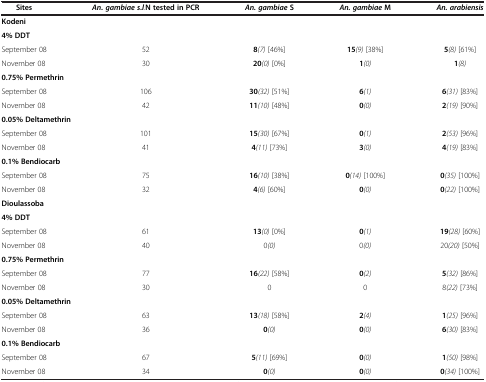
<table><thead><tr><td><b>Sites</b></td><td><b><i>An. gambiae s.l</i>.N tested in PCR</b></td><td><b><i>An. gambiae</i>S</b></td><td><b><i>An. gambiae</i>M</b></td><td><b><i>An. arabiensis</i></b></td></tr></thead><tbody><tr><td><b>Kodeni</b></td><td> </td><td> </td><td> </td><td> </td></tr><tr><td><b>4% DDT</b></td><td> </td><td> </td><td> </td><td> </td></tr><tr><td>September 08</td><td>52</td><td><b>8</b><i>(7)</i> [46%]</td><td><b>15</b><i>(9)</i> [38%]</td><td><b>5</b><i>(8)</i> [61%]</td></tr><tr><td>November 08</td><td>30</td><td><b>20</b><i>(0)</i> [0%]</td><td><b>1</b><i>(0)</i></td><td><b>1</b><i>(8)</i></td></tr><tr><td><b>0.75% Permethrin</b></td><td> </td><td> </td><td> </td><td> </td></tr><tr><td>September 08</td><td>106</td><td><b>30</b><i>(32)</i> [51%]</td><td><b>6</b><i>(1)</i></td><td><b>6</b><i>(31)</i> [83%]</td></tr><tr><td>November 08</td><td>42</td><td><b>11</b><i>(10)</i> [48%]</td><td><b>0</b><i>(0)</i></td><td><b>2</b><i>(19)</i> [90%]</td></tr><tr><td><b>0.05% Deltamethrin</b></td><td> </td><td> </td><td> </td><td> </td></tr><tr><td>September 08</td><td>101</td><td><b>15</b><i>(30)</i> [67%]</td><td><b>0</b><i>(1)</i></td><td><b>2</b><i>(53)</i> [96%]</td></tr><tr><td>November 08</td><td>41</td><td><b>4</b><i>(11)</i> [73%]</td><td><b>3</b><i>(0)</i></td><td><b>4</b><i>(19)</i> [83%]</td></tr><tr><td><b>0.1% Bendiocarb</b></td><td> </td><td> </td><td> </td><td> </td></tr><tr><td>September 08</td><td>75</td><td><b>16</b><i>(10)</i> [38%]</td><td><b>0</b><i>(14)</i> [100%]</td><td><b>0</b><i>(35)</i> [100%]</td></tr><tr><td>November 08</td><td>32</td><td><b>4</b><i>(6)</i> [60%]</td><td><b>0</b><i>(0)</i></td><td><b>0</b><i>(22)</i> [100%]</td></tr><tr><td><b>Dioulassoba</b></td><td> </td><td> </td><td> </td><td> </td></tr><tr><td><b>4% DDT</b></td><td> </td><td> </td><td> </td><td> </td></tr><tr><td>September 08</td><td>61</td><td><b>13</b><i>(0)</i> [0%]</td><td><b>0</b><i>(1)</i></td><td><b>19</b><i>(28)</i> [60%]</td></tr><tr><td>November 08</td><td>40</td><td>0<i>(0)</i></td><td>0<i>(0)</i></td><td>20<i>(20)</i> [50%]</td></tr><tr><td><b>0.75% Permethrin</b></td><td> </td><td> </td><td> </td><td> </td></tr><tr><td>September 08</td><td>77</td><td><b>16</b><i>(22)</i> [58%]</td><td><b>0</b><i>(2)</i></td><td><b>5</b><i>(32)</i> [86%]</td></tr><tr><td>November 08</td><td>30</td><td>0</td><td>0</td><td>8<i>(22)</i> [73%]</td></tr><tr><td><b>0.05% Deltamethrin</b></td><td> </td><td> </td><td> </td><td> </td></tr><tr><td>September 08</td><td>63</td><td><b>13</b><i>(18)</i> [58%]</td><td><b>2</b><i>(4)</i></td><td><b>1</b><i>(25)</i> [96%]</td></tr><tr><td>November 08</td><td>36</td><td><b>0</b><i>(0)</i></td><td><b>0</b><i>(0)</i></td><td><b>6</b><i>(30)</i> [83%]</td></tr><tr><td><b>0.1% Bendiocarb</b></td><td> </td><td> </td><td> </td><td> </td></tr><tr><td>September 08</td><td>67</td><td><b>5</b><i>(11)</i> [69%]</td><td><b>0</b><i>(0)</i></td><td><b>1</b><i>(50)</i> [98%]</td></tr><tr><td>November 08</td><td>34</td><td><b>0</b><i>(0)</i></td><td><b>0</b><i>(0)</i></td><td><b>0</b><i>(34)</i> [100%]</td></tr></tbody></table>